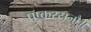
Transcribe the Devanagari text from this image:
पुष्करस्रजौ॥